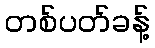
တစ်ပတ်ခန့်